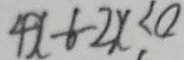
4 x - 6 - 2 x < 0